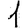
Digit: 1